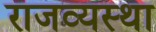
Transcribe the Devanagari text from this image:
राजव्यस्था